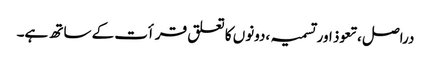
دراصل ،تعوذ اور تسمیہ ،دونوں کا تعلق قرأت کے ساتھ ہے۔